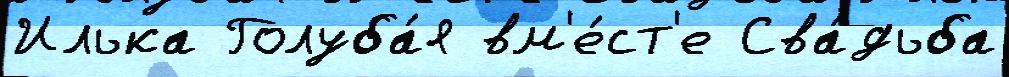
Илька Голуба́я вм'е́ст'е Сва́дьба